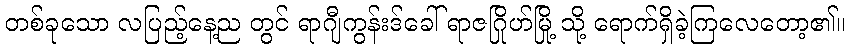
တစ်ခုသော လပြည့်နေ့ည တွင် ရာဂျီကွန်းဒ်ခေါ် ရာဇဂြိုဟ်မြို့ သို့ ရောက်ရှိခဲ့ကြလေတော့၏။